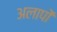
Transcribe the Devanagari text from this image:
अलापों